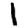
Digit: 1